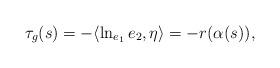
LaTeX: \begin{align*}\tau_g(s)=-\langle\ln_{e_1} e_2,\eta\rangle=-r(\alpha(s)),\end{align*}